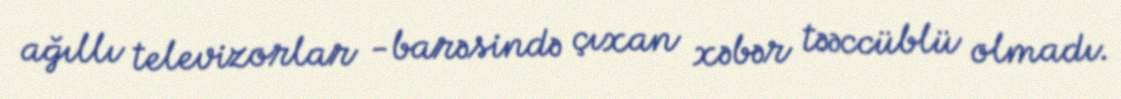
ağıllı televizorlar -barəsində çıxan xəbər təəccüblü olmadı.